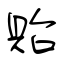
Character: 貽